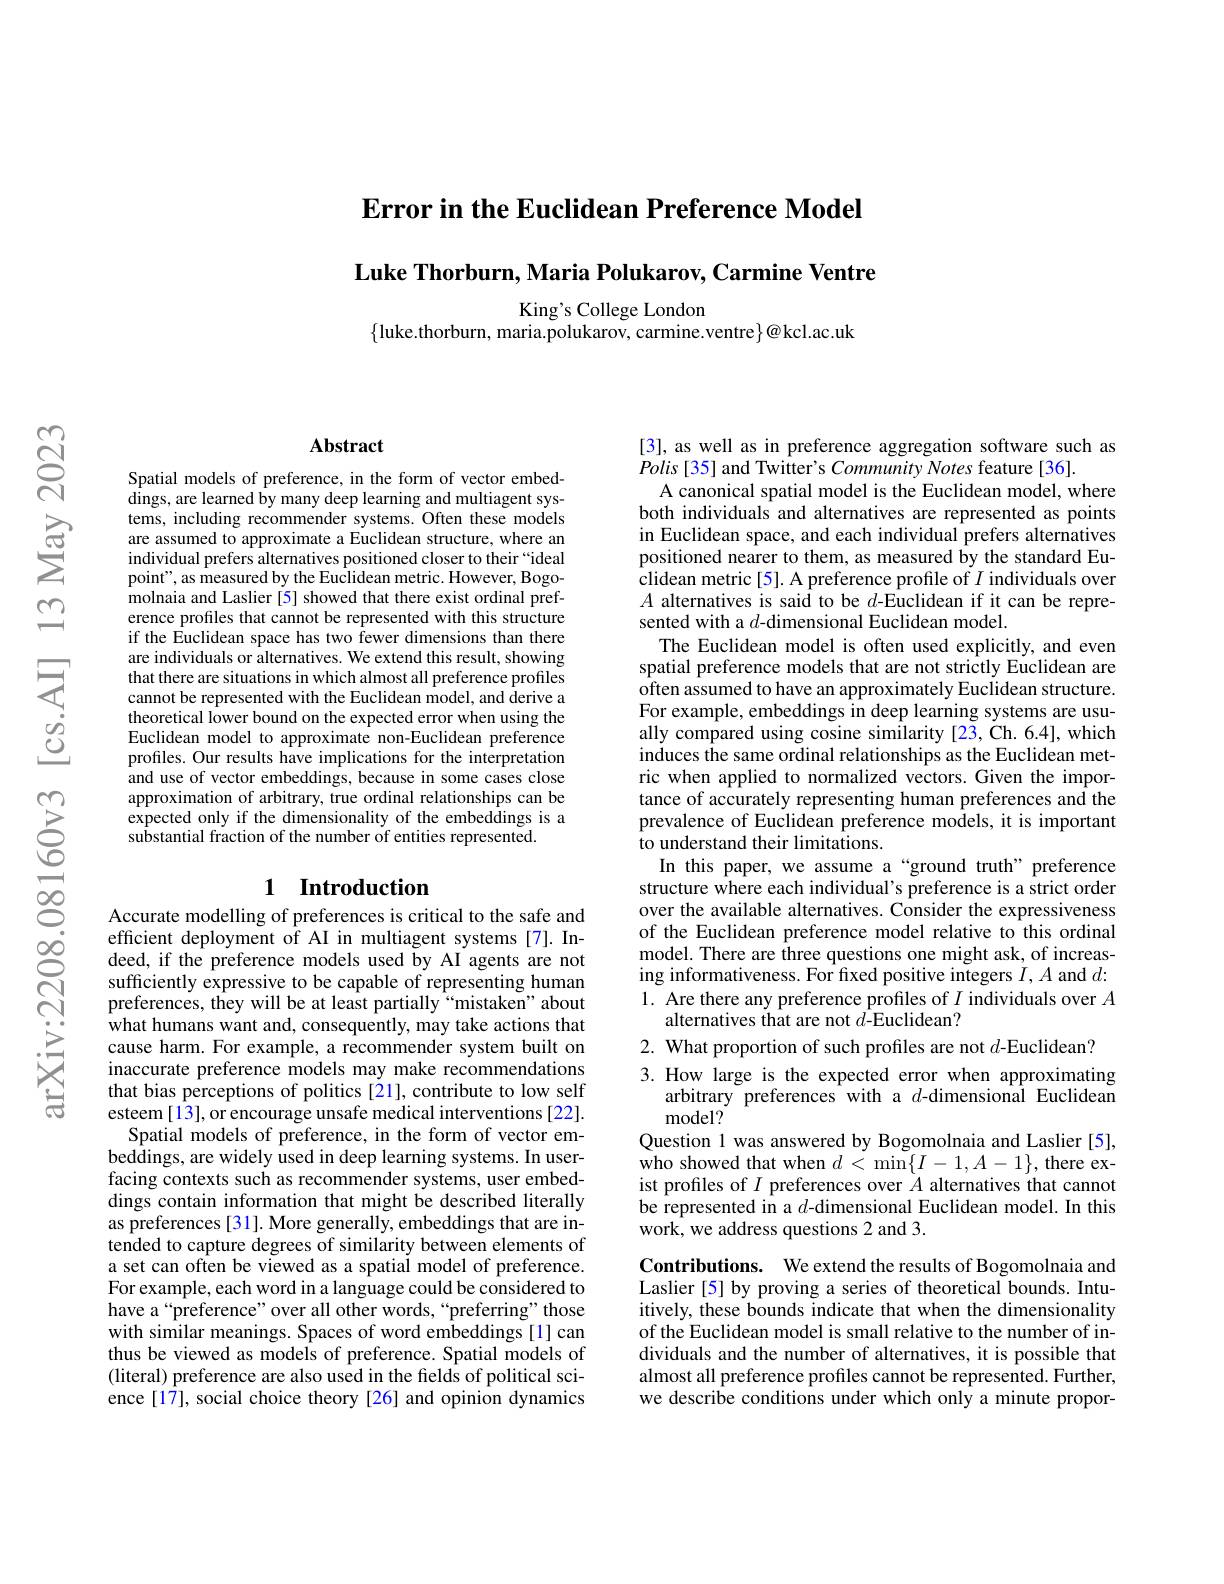
Error in the Euclidean Preference Model

$\textbf{Luke Thorburn, Maria Polukarov, Carmine Ventre}$

King's College London
$\{$luke.thorburn, maria.polukarov, carmine.ventre$\}@$kcl.ac.uk

### $\mathbf{Abstract}$

Spatial models of preference, in the form of vector embeddings, are learned by many deep learning and multiagent systems, including recommender systems. Often these models are assumed to approximate a Euclidean structure, where an individual prefers alternatives positioned closer to their “ideal point", as measured by the Euclidean metric. However, Bogomolnaia and Laslier [5] showed that there exist ordinal preference profiles that cannot be represented with this structure if the Euclidean space has two fewer dimensions than there are individuals or alternatives. We extend this result, showing that there are situations in which almost all preference profiles cannot be represented with the Euclidean model, and derive a theoretical lower bound on the expected error when using the Euclidean model to approximate non-Euclidean preference profiles. Our results have implications for the interpretation and use of vector embeddings, because in some cases close approximation of arbitrary, true ordinal relationships can be expected only if the dimensionality of the embeddings is a substantial fraction of the number of entities represented.

# 1 Introduction

Accurate modelling of preferences is critical to the safe and efficient deployment of AI in multiagent systems [7]. Indeed, if the preference models used by AI agents are not sufficiently expressive to be capable of representing human preferences, they will be at least partially“mistaken”about what humans want and, consequently, may take actions that cause harm. For example, a recommender system built on inaccurate preference models may make recommendations that bias perceptions of politics [21], contribute to low self esteem[13], or encourage unsafe medical interventions [22].
Spatial models of preference, in the form of vector embeddings, are widely used in deep learning systems. In userfacing contexts such as recommender systems, user embeddings contain information that might be described literally as preferences[31]. More generally, embeddings that are intended to capture degrees of similarity between elements of a set can often be viewed as a spatial model of preference. For example, each word in a language could be considered to have a“preference”over all other words,“preferring" those with similar meanings. Spaces of word embeddings [1] can thus be viewed as models of preference. Spatial models of (literal) preference are also used in the fields of political science[17], social choice theory[26] and opinion dynamics

[3], as well as in preference aggregation software such as
$Polis[35]$ and Twitter's Community Notes feature[36].
A canonical spatial model is the Euclidean model, where both individuals and alternatives are represented as points in Euclidean space, and each individual prefers alternatives positioned nearer to them, as measured by the standard Euclidean metric[5]. A preference profile of $I$ individuals over $A$ alternatives is said to be $d$-Euclidean if it can be represented with a $d$-dimensional Euclidean model.
The Euclidean model is often used explicitly, and even spatial preference models that are not strictly Euclidean are often assumed to have an approximately Euclidean structure. For example, embeddings in deep learning systems are usually compared using cosine similarity [23, Ch. 6.4], which induces the same ordinal relationships as the Euclidean metric when applied to normalized vectors. Given the importance of accurately representing human preferences and the prevalence of Euclidean preference models, it is important to understand their limitations.
In this paper, we assume a“ground truth” preference structure where each individual's preference is a strict order over the available alternatives. Consider the expressiveness of the Euclidean preference model relative to this ordinal model. There are three questions one might ask, of increasing informativeness. For fixed positive integers $I,A$ and $d:$ 1. Are there any preference profiles of $I$ individuals over $A$
alternatives that are not $\bar d$-Euclidean?

2. What proportion of such profiles are not $d$-Euclidean?

3. How large is the expected error when approximating
arbitrary preferences with a $d\hat{\text{-dimensional Euclidean}}$
model?
Question 1 was answered by Bogomolnaia and Laslier [5], who showed that when $d<\min\{I-1,A-1\}$, there exist profiles of $I$ preferences over $A$ alternatives that cannot be represented in a $d$-dimensional Euclidean model. In this work, we address questions 2 and 3.

Contributions. We extend the results of Bogomolnaia and Laslier [5] by proving a series of theoretical bounds. Intuitively, these bounds indicate that when the dimensionality of the Euclidean model is small relative to the number of individuals and the number of alternatives, it is possible that almost all preference profiles cannot be represented. Further, we describe conditions under which only a minute propor-